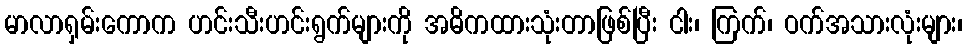
မာလာရှမ်းကောက ဟင်းသီးဟင်းရွက်များကို အဓိကထားသုံးတာဖြစ်ပြီး ငါး၊ ကြက်၊ ဝက်အသားလုံးများ၊